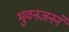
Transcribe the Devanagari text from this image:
भुवनजनने